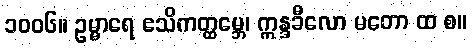
၁၀၀၆။ ဥမ္မာရေ ဧသိကတ္ထမ္ဘေ၊ ဣန္ဒခီလော မတော ထ စ။